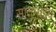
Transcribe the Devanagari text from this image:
सातभाईच